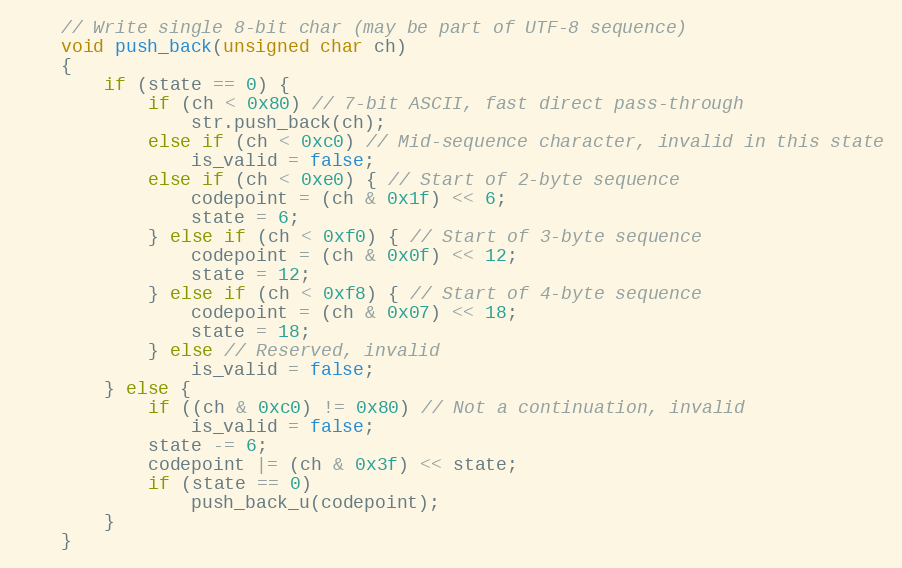
Language: C
    // Write single 8-bit char (may be part of UTF-8 sequence)
    void push_back(unsigned char ch)
    {
        if (state == 0) {
            if (ch < 0x80) // 7-bit ASCII, fast direct pass-through
                str.push_back(ch);
            else if (ch < 0xc0) // Mid-sequence character, invalid in this state
                is_valid = false;
            else if (ch < 0xe0) { // Start of 2-byte sequence
                codepoint = (ch & 0x1f) << 6;
                state = 6;
            } else if (ch < 0xf0) { // Start of 3-byte sequence
                codepoint = (ch & 0x0f) << 12;
                state = 12;
            } else if (ch < 0xf8) { // Start of 4-byte sequence
                codepoint = (ch & 0x07) << 18;
                state = 18;
            } else // Reserved, invalid
                is_valid = false;
        } else {
            if ((ch & 0xc0) != 0x80) // Not a continuation, invalid
                is_valid = false;
            state -= 6;
            codepoint |= (ch & 0x3f) << state;
            if (state == 0)
                push_back_u(codepoint);
        }
    }